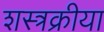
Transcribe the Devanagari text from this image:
शस्त्रक्रीया